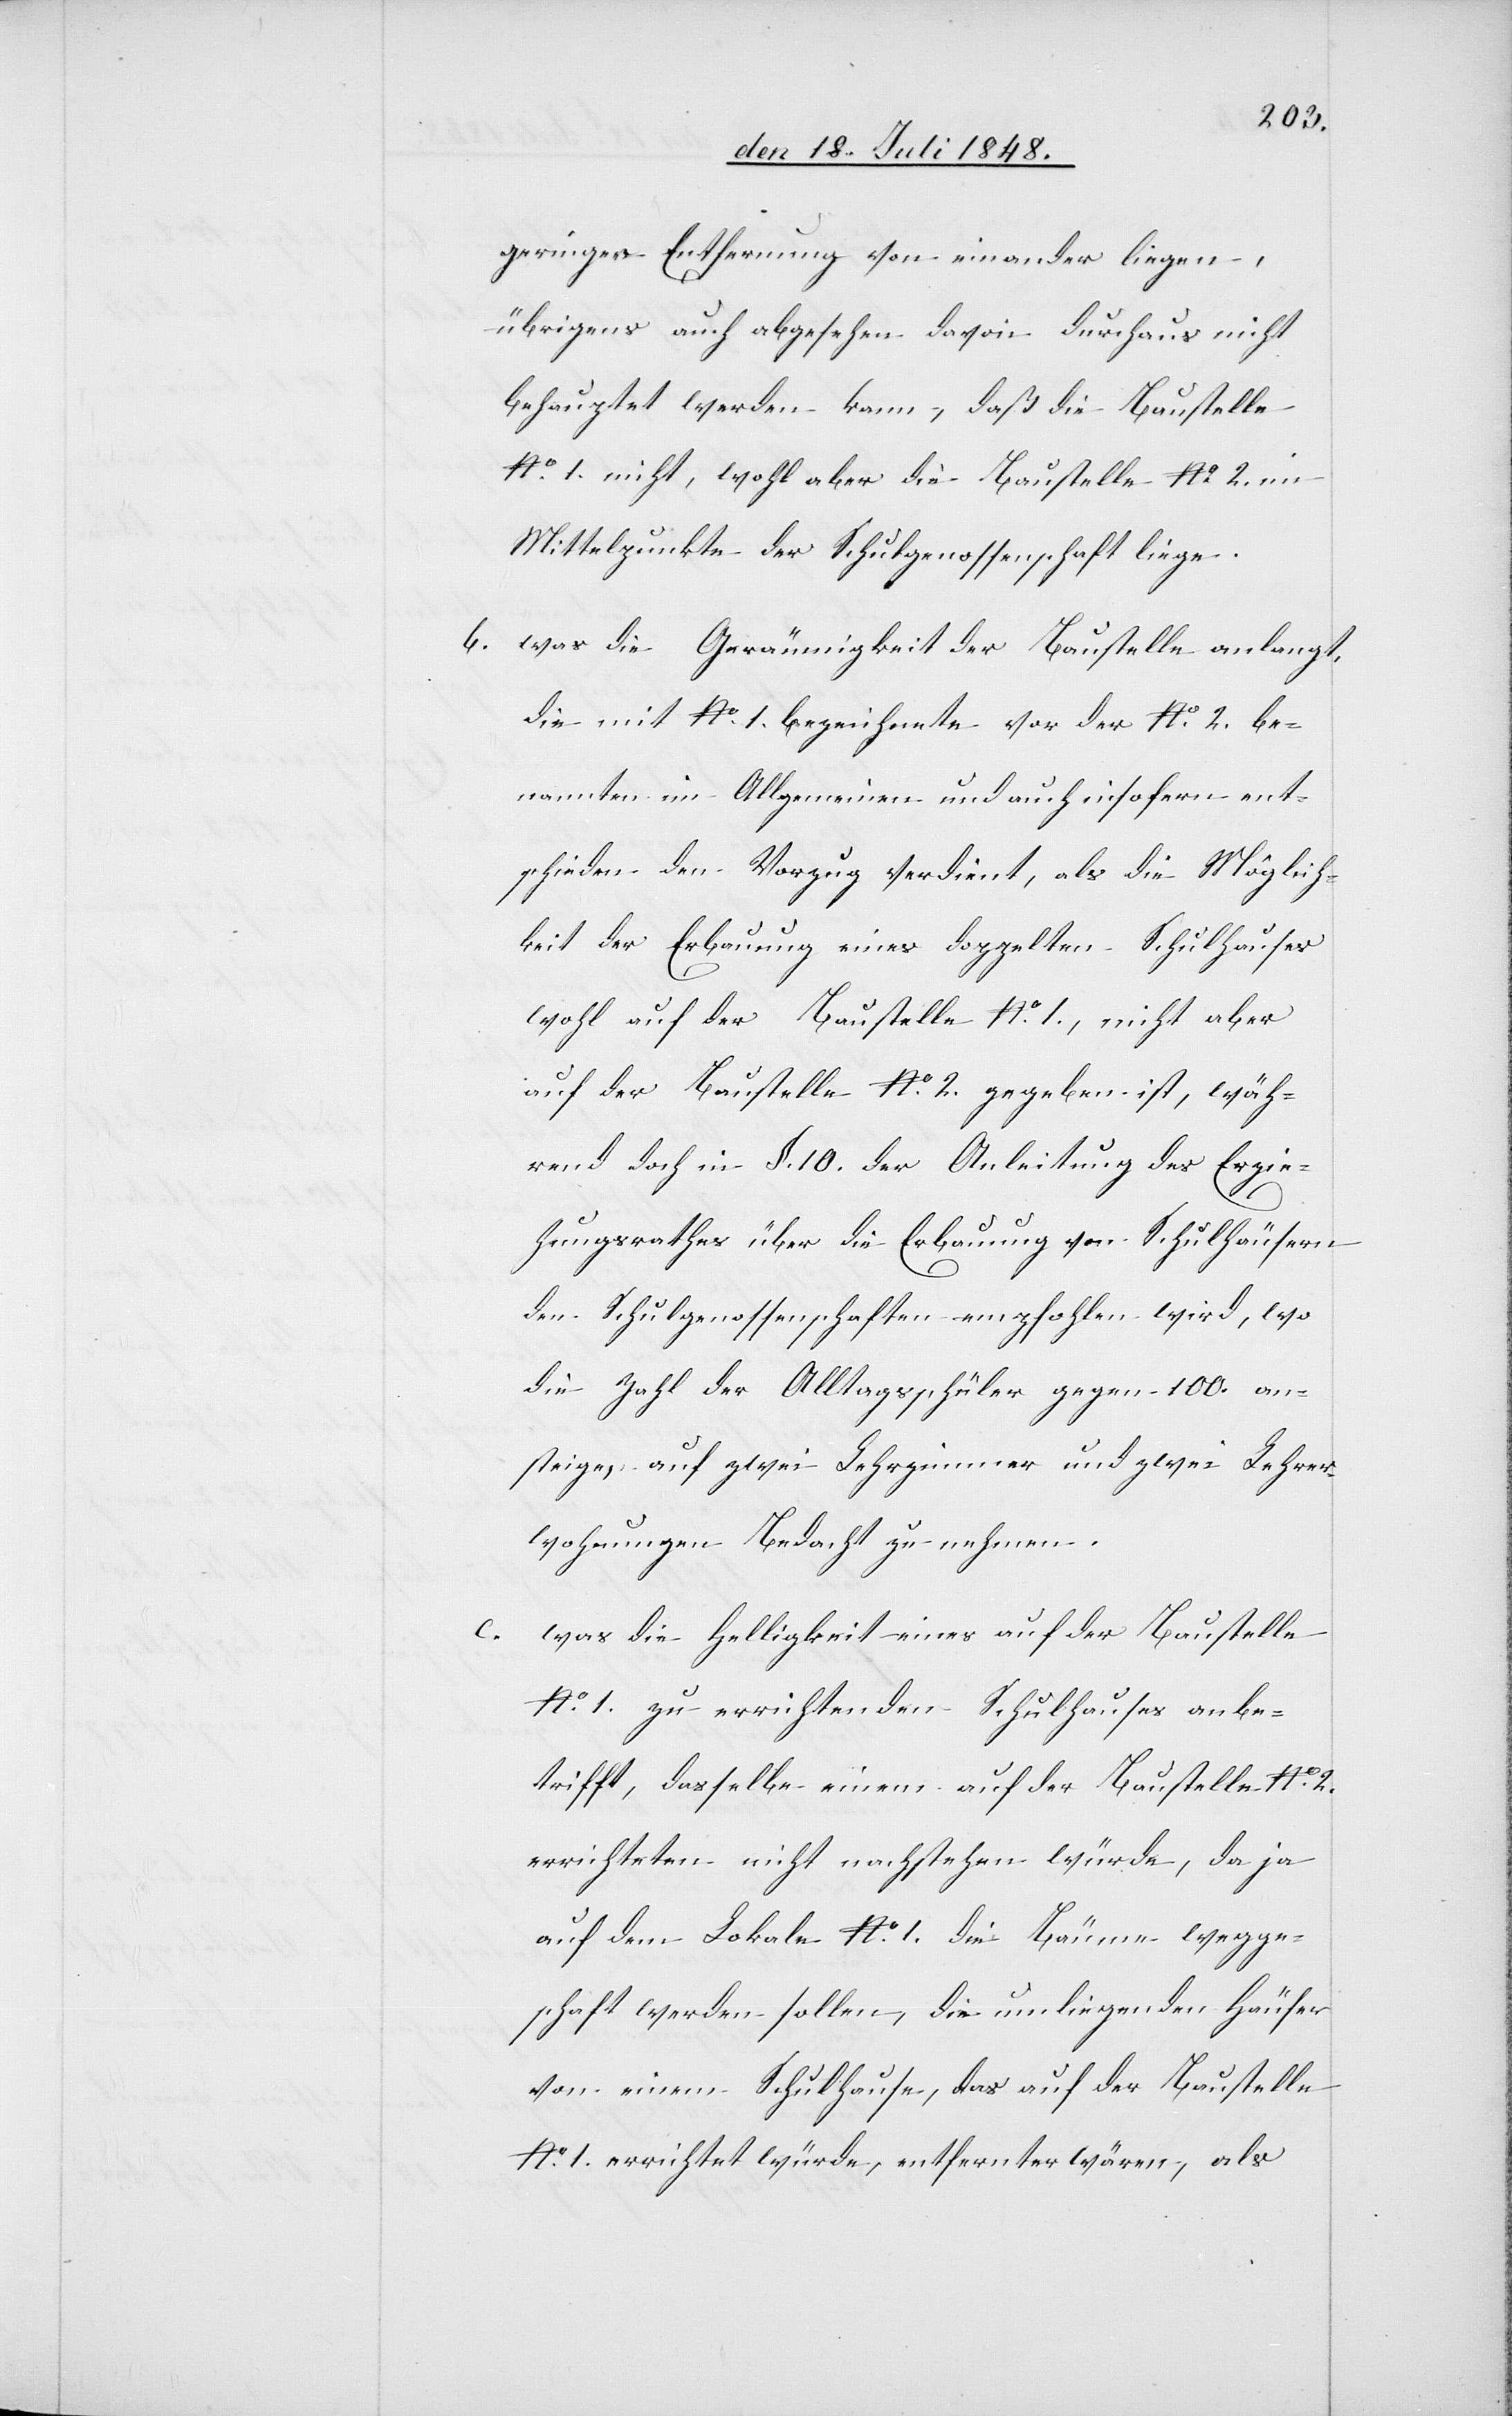
geringer Entfernung von einander liegen,
übrigens auch abgesehen davon durchaus nicht
behauptet werden kann, daß die Baustelle
No 1. nicht, wohl aber die Baustelle No 2. im
Mittelpunkte der Schulgenossenschaft liege.
b. was die Geräumigkeit der Baustelle anlangt,
die mit No 1. bezeichnete vor der No 2. be¬
nannten im Allgemeinen und auch insofern ent¬
schieden den Vorzug verdient, als die Möglich¬
keit der Erbauung eines doppelten Schulhauses
wohl auf der Baustelle No 1, nicht aber
auf der Baustelle No 2. gegeben ist, wäh¬
rend doch in §. 10. der Anleitung des Erzie¬
hungsrathes über die Erbauung von Schulhäusern
den Schulgenossenschaften empfohlen wird, wo
die Zahl der Alltagsschüler gegen 100. an¬
steige, auf zwei Lehrzimmer und zwei Lehrer¬
wohnungen bedacht zu nehmen.
c. was die Helligkeit eines auf der Baustelle
No 1. zu errichtenden Schulhauses anbe¬
trifft, dasselbe einem auf der Baustelle No 2.
errichteten nicht nachstehen würde, da ja
auf dem Lokale No 1. die Bäume wegge¬
schaft werden sollen, die umliegenden Häuser
von einem Schulhause, das auf der Baustelle
No 1. errichtet würde, entfernter wären, als